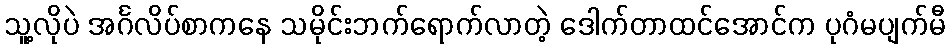
သူ့လိုပဲ အင်္ဂလိပ်စာကနေ သမိုင်းဘက်ရောက်လာတဲ့ ဒေါက်တာထင်အောင်က ပုဂံမပျက်မီ